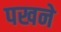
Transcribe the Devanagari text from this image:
पखने